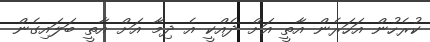
ކުރެހުން އަހަރެން އާތީ އަށް ދެއްކީ އެ ދިމާ އަށް އާތީ ބަލައިގެން